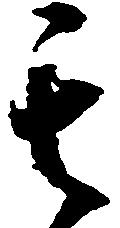
其